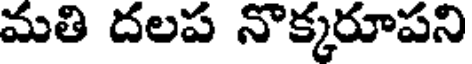
మతి దలప నొక్కరూపని